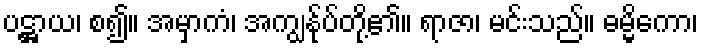
ပဋ္ဌာယ၊ စ၍။ အမှာကံ၊ အကျွန်ုပ်တို့၏။ ရာဇာ၊ မင်းသည်။ ဓမ္မိကော၊